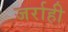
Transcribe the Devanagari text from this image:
जर्राही